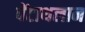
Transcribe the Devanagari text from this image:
पेंटाथलान